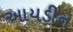
આયડીન